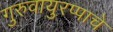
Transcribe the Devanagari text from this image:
गुरुवायुरप्पाचे